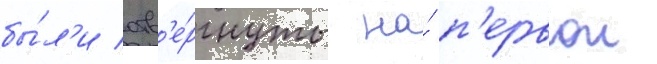
бы́л'и отв'е́ргнуты на́ п'ервои